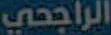
الراجحي